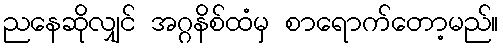
ညနေဆိုလျှင် အဂ္ဂနိစ်ထံမှ စာရောက်တော့မည်။